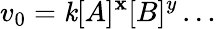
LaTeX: v_{0}=\mathit{k}[A]^{\mathbf{x}}[B]^{y}\ldots